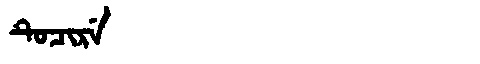
Manchu: ᡨᡠᠴᡳᡵᡝ
Romanization: TUCIRE